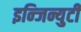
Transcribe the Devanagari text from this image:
इन्जिन्युटी